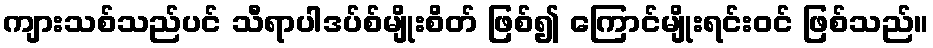
ကျားသစ်သည်ပင် သီရာပါဒပ်စ်မျိုးစိတ် ဖြစ်၍ ကြောင်မျိုးရင်းဝင် ဖြစ်သည်။